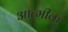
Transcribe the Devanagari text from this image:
आत्मीक